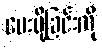
ပေးပို့ခြင်းကို